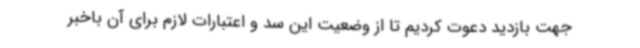
جهت بازدید دعوت کردیم تا از وضعیت این سد و اعتبارات لازم برای آن باخبر